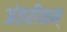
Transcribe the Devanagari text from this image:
अंतरीक्षम्